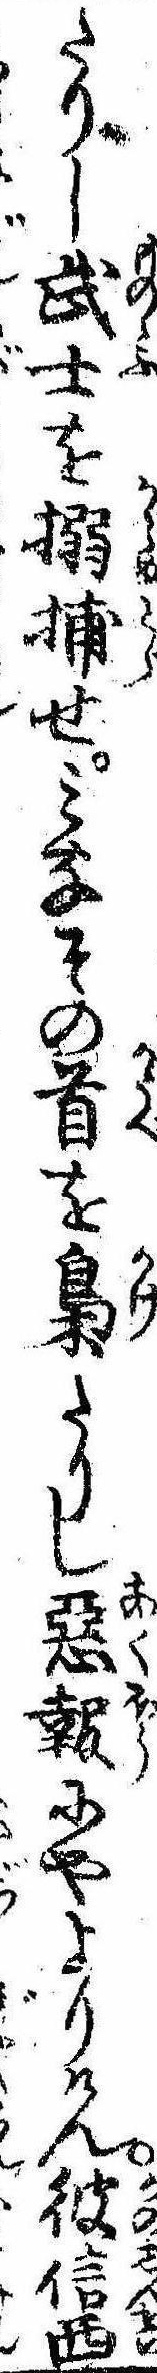
たりし武士を搦捕せみなその首を梟たりし悪報にやよりけん彼信西